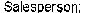
SALESPERSON: